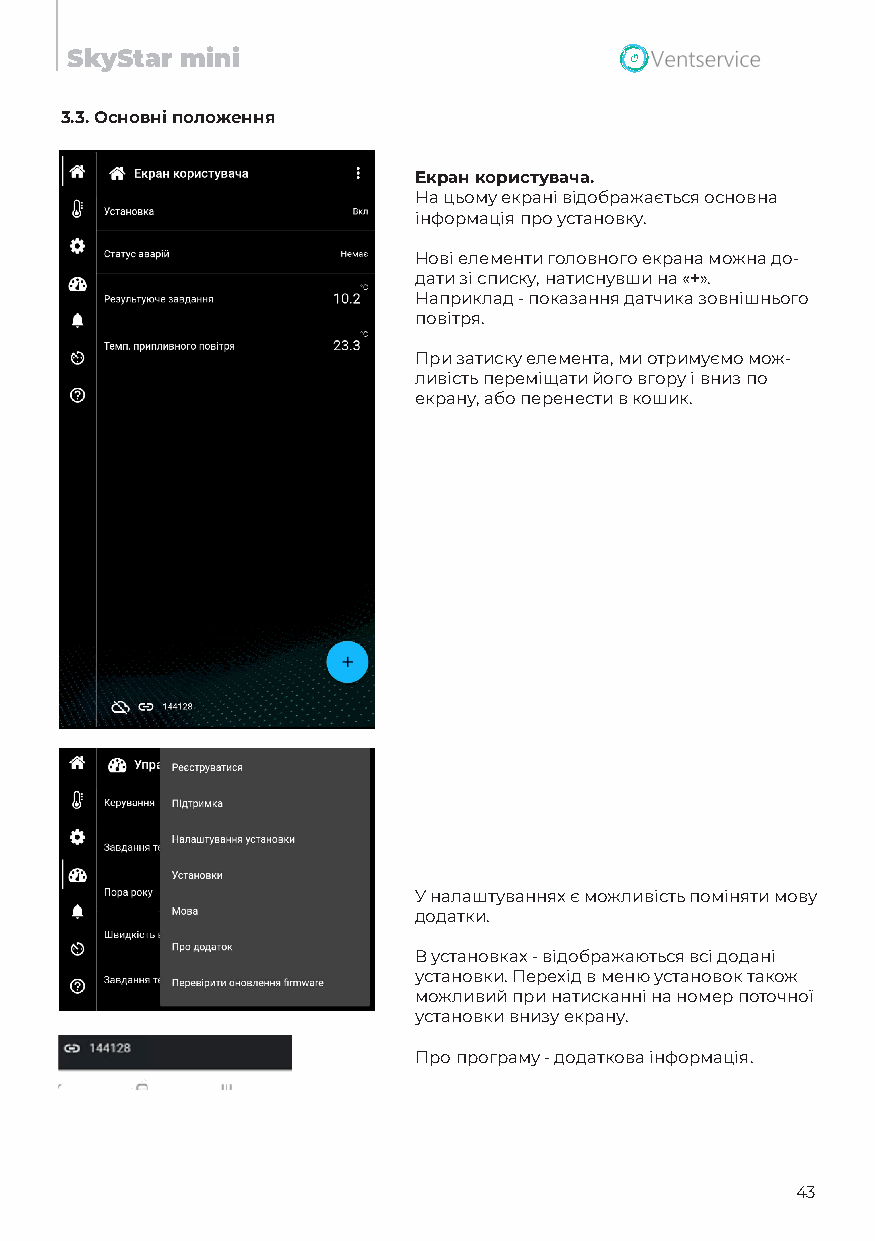
SkyStar mini
 3.3. Основні положення
 Екран користувача.
 На цьому екрані відображається основна
 інформація про установку.
 Нові елементи головного екрана можна до-
 дати зі списку, натиснувши на «+».
 Наприклад - показання датчика зовнішнього
 повітря.
 При затиску елемента, ми отримуємо мож-
 ливість переміщати його вгору і вниз по
 екрану, або перенести в кошик.
 У налаштуваннях є можливість поміняти мову
 додатки.
 В установках - відображаються всі додані
 установки. Перехід в меню установок також
 можливий при натисканні на номер поточної
 установки внизу екрану.
 Про програму - додаткова інформація.
 43